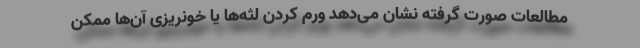
مطالعات صورت گرفته نشان می‌دهد ورم کردن لثه‌ها یا خونریزی آن‌ها ممکن